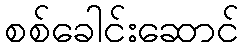
စစ်ခေါင်းဆောင်